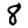
Digit: 8